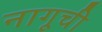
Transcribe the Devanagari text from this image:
नागूची